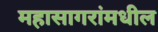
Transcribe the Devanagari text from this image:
महासागरांमधील